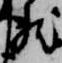
然